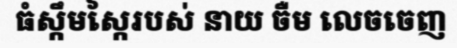
ធំស្កឹមស្កៃរបស់ នាយ ចឺម លេចចេញ